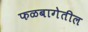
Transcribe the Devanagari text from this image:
फळबागेतील